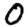
Digit: 0